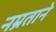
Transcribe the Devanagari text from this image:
नम्रताने